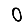
Digit: 0